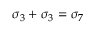
\sigma _ { 3 } + \sigma _ { 3 } = \sigma _ { 7 }